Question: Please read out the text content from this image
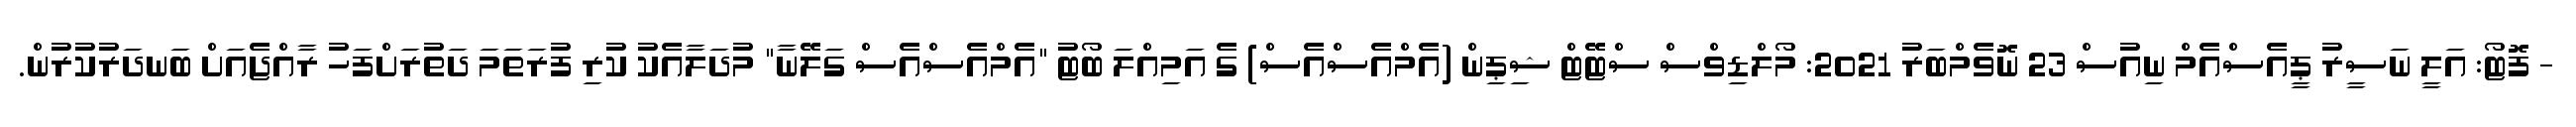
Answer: - ފޮޓޯ: އަލީ ނަސީރު ޕީއެސްއެމް ނިއުސް 23 ނޮވެމްބަރު 2021: މޯލްޑިވްސް ސްޓޭޓް ޝިޕިން (އެމްއެސްއެސް) ގެ އަމިއްލަ ބޯޓު "އެމްއެސްއެސް ގަލޭނާ" މުދަލާއެކު ކުރި ފުރަތަމަ ދަތުރަށްފަހު ރާއްޖެއަށް ބަނދަރުކުރުން.